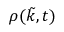
\tilde { \rho ( k , t ) }